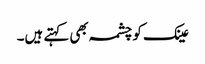
عینک کو چشمہ بھی کہتے ہیں۔